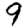
Digit: 9